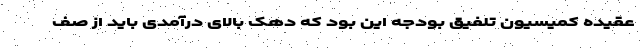
عقیده کمیسیون تلفیق بودجه این بود که دهک بالای درآمدی باید از صف